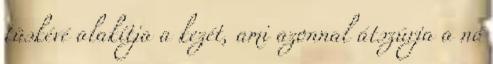
tüskévé alakítja a kezét, ami azonnal átszúrja a nő